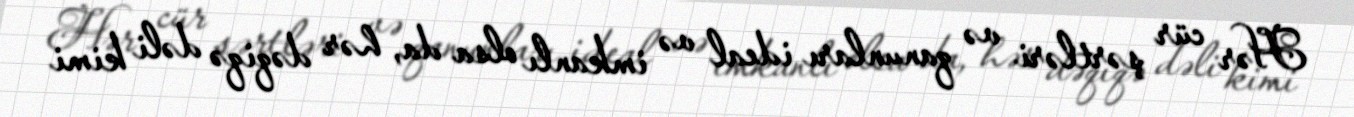
Hər cür şərtləri və qanunları ideal və imkanlı olsa da, hər dəqiqə dəli kimi